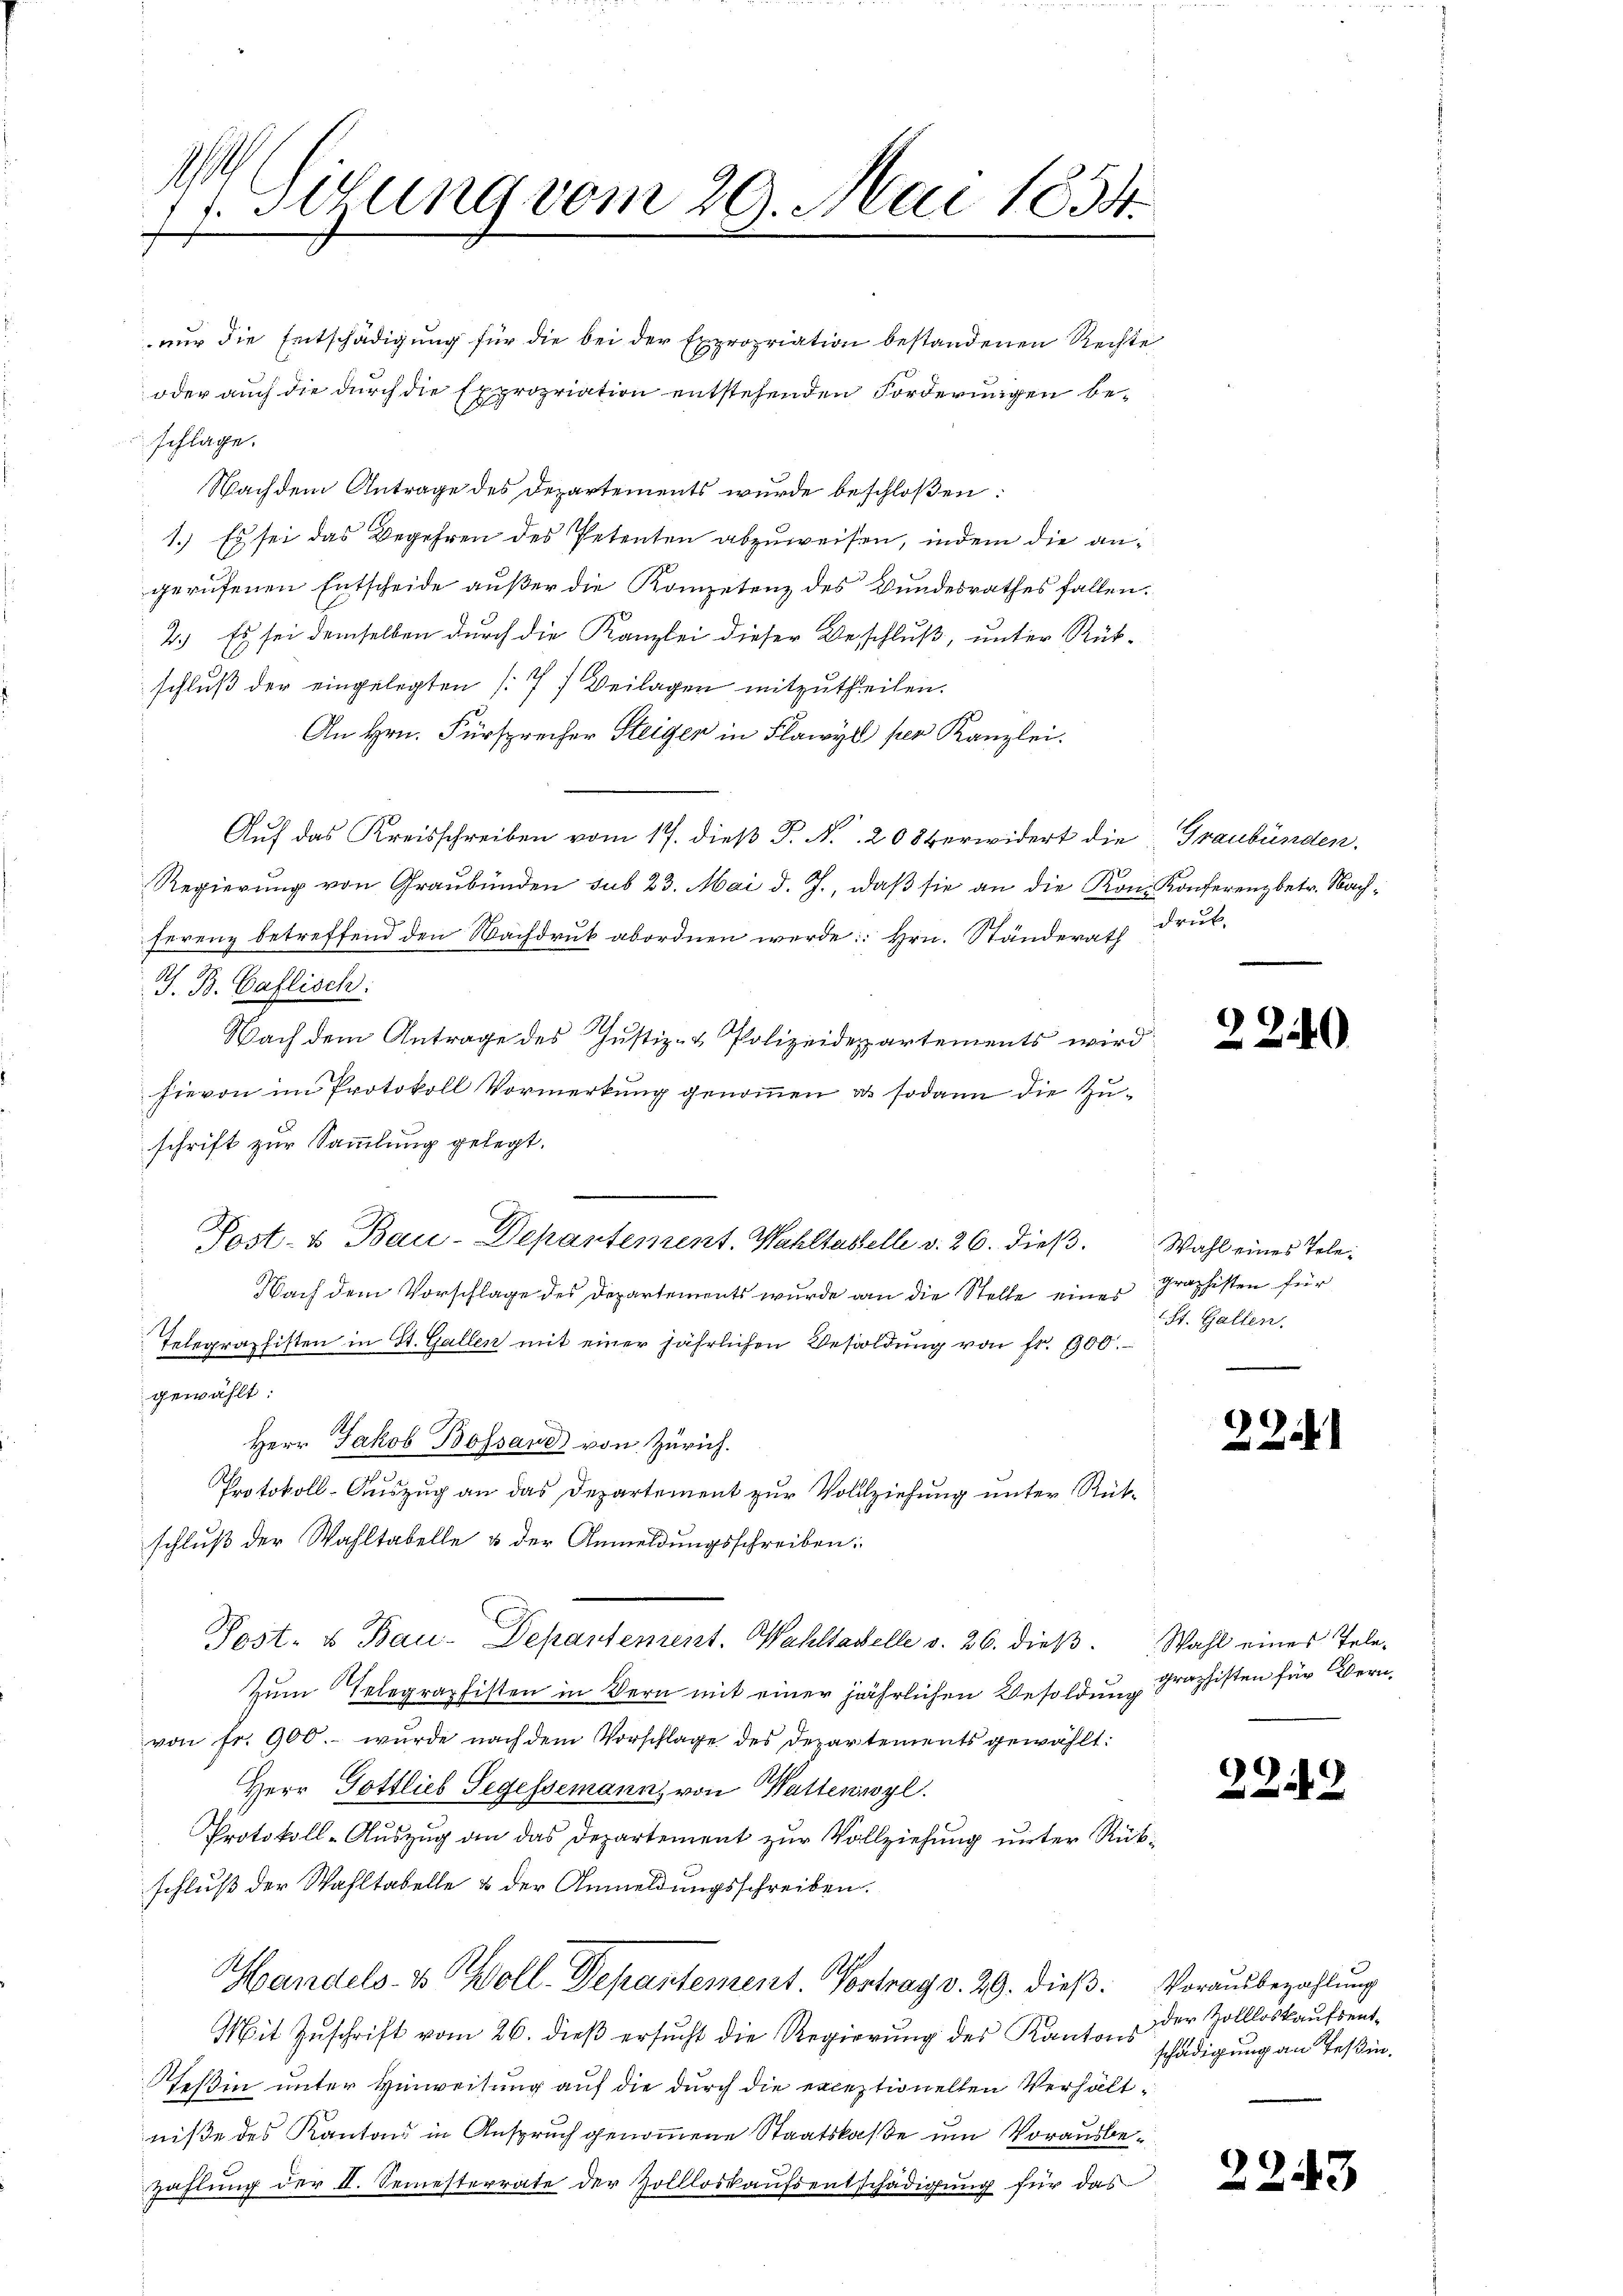
A
7.Stzung vom 29. Mai 1834.
.

nur die Entschädigung für die bei der Expropriation bestandenen Rechte
oder auch die durch die Expropriation entstehenden Forderungen beschlage.
Nachdem Antrage des Departements wurde beschloßen:
1.) Es sei das Begehren des Petenten abzuweisen, indem die angerufenen Entscheide außer die Kompetenz des Bundesrathes fallen.
2.) Es sei demselben durch die Kanzlei dieser Beschluß, unter Rück-
schluß der eingelegten (7) Beilagen mitzutheilen.
An Hrn. Fürsprecher Steiger in Flawyl per Kanzlei.
Auf das Kreisschreiben vom 17. dieß P. Nr. 20 verwidert die Graubünden.
Regierung von Graubünden sub 23. Mai d. J., daβ sie an die Kon. Konferenz betr. Nachferenz betreffend den Nachdruk abordnen werde: Hrn. Ständerath Druk-
1
J. B. Caflisch:
Nach dem Antrage des Justiz- & Polizeidepartements wird
hievon im Protokoll Vormerkung genommen, u. sodann die Zuschrift zur Sammlung gelegt.
.
Post- & Bau-Depantement. Wahltestelle v. 26. dieß. Wahl eines Tele¬
Nach dem Vorschlage des Departements wurde an die Stelle einer Graphisten für
Telegraphisten in St. Gallen mit einer jährlichen Besoldung von fr. 100.
gewählt:
Herr Jakob Bossard von Zürich.
Protokoll-Auszug an das Departement zur Vollziehung unter Rückschluß der Wahltabelle & der Anmeldungsschreiben:
Post- u Bau-Depantement. Wahltadelle v. 26. dieβ. Wahl eines Tele-
Zum Telegraphisten in Bern mit einer jährlichen Besoldung
von Fr. 900.- wurde nach dem Vorschlage des Departements gewählt:
Herr Gottlieb Segessemanns von Wattenwyl
Protokoll-Auszug an das Departement zur Vollziehung unter Rükschluß der Wahltabelle & der Anmeldungsschreiben.
Handels- & Woll-Departement. Vortrag v. 29. dieß Vorausbezahlung
Mit Zuschrift vom 26. dieß ersucht die Regierung des Kantons
Seßin unter Hinweisung auf die durch die exceptionellen Verhältwiße des Kantons in Anspruch genommene Staatskaße um Vorausbe¬
Zahlung der II. Semesterrate der Zollloskaufsentschädigung für das

2240

St. Gallen.

228

graphisten für Bern.

2212

der Zollloskaufsentschädigung an Teßin.

2243